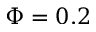
\Phi = 0 . 2